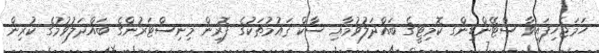
ހަމަޖެހިފައިވާ ސްޓޭންޑިންގ ކޮމިޓީގެ ބައްދަލުވުމާއި ސާކް ޤައުމުތަކުގެ ފޮރިން މިނިސްޓަރުންގެ ބައްދަލުވުމުގެ ކުރިން